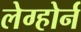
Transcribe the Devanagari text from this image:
लेग्होर्न